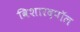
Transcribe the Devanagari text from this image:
विशारदपॉल